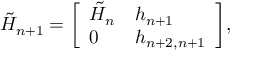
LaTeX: { \tilde { H } } _ { n + 1 } = { \left[ \begin{array} { l l } { { \tilde { H } } _ { n } } & { h _ { n + 1 } } \\ { 0 } & { h _ { n + 2 , n + 1 } } \end{array} \right] } ,